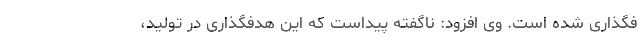
فگذاری شده است. وی افزود: ناگفته پیداست که این هدفگذاری در تولید،